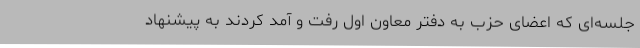
جلسه‌ای که اعضای حزب به دفتر معاون اول رفت ‌و آمد کردند به پیشنهاد